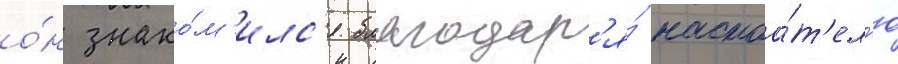
о́н знако́м'илс'я благодар'я́ настоа́т'ел'ю